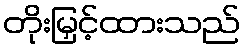
တိုးမြှင့်ထားသည်